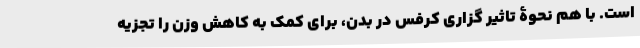
است. با هم نحوۀ تاثیر گزاری کرفس در بدن، برای کمک به کاهش وزن را تجزیه